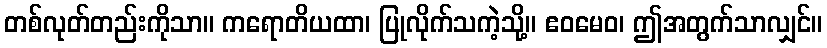
တစ်လုတ်တည်းကိုသာ။ ကရောတိယထာ၊ ပြုလိုက်သကဲ့သို့။ ဧဝမေဝ၊ ဤအတွက်သာလျှင်။